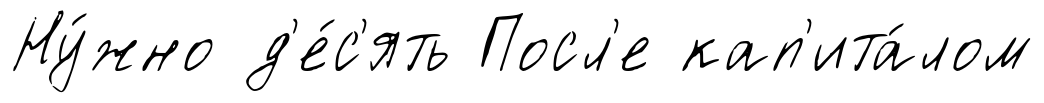
Ну́жно д'е́с'ять Посл'е кап'ита́лом